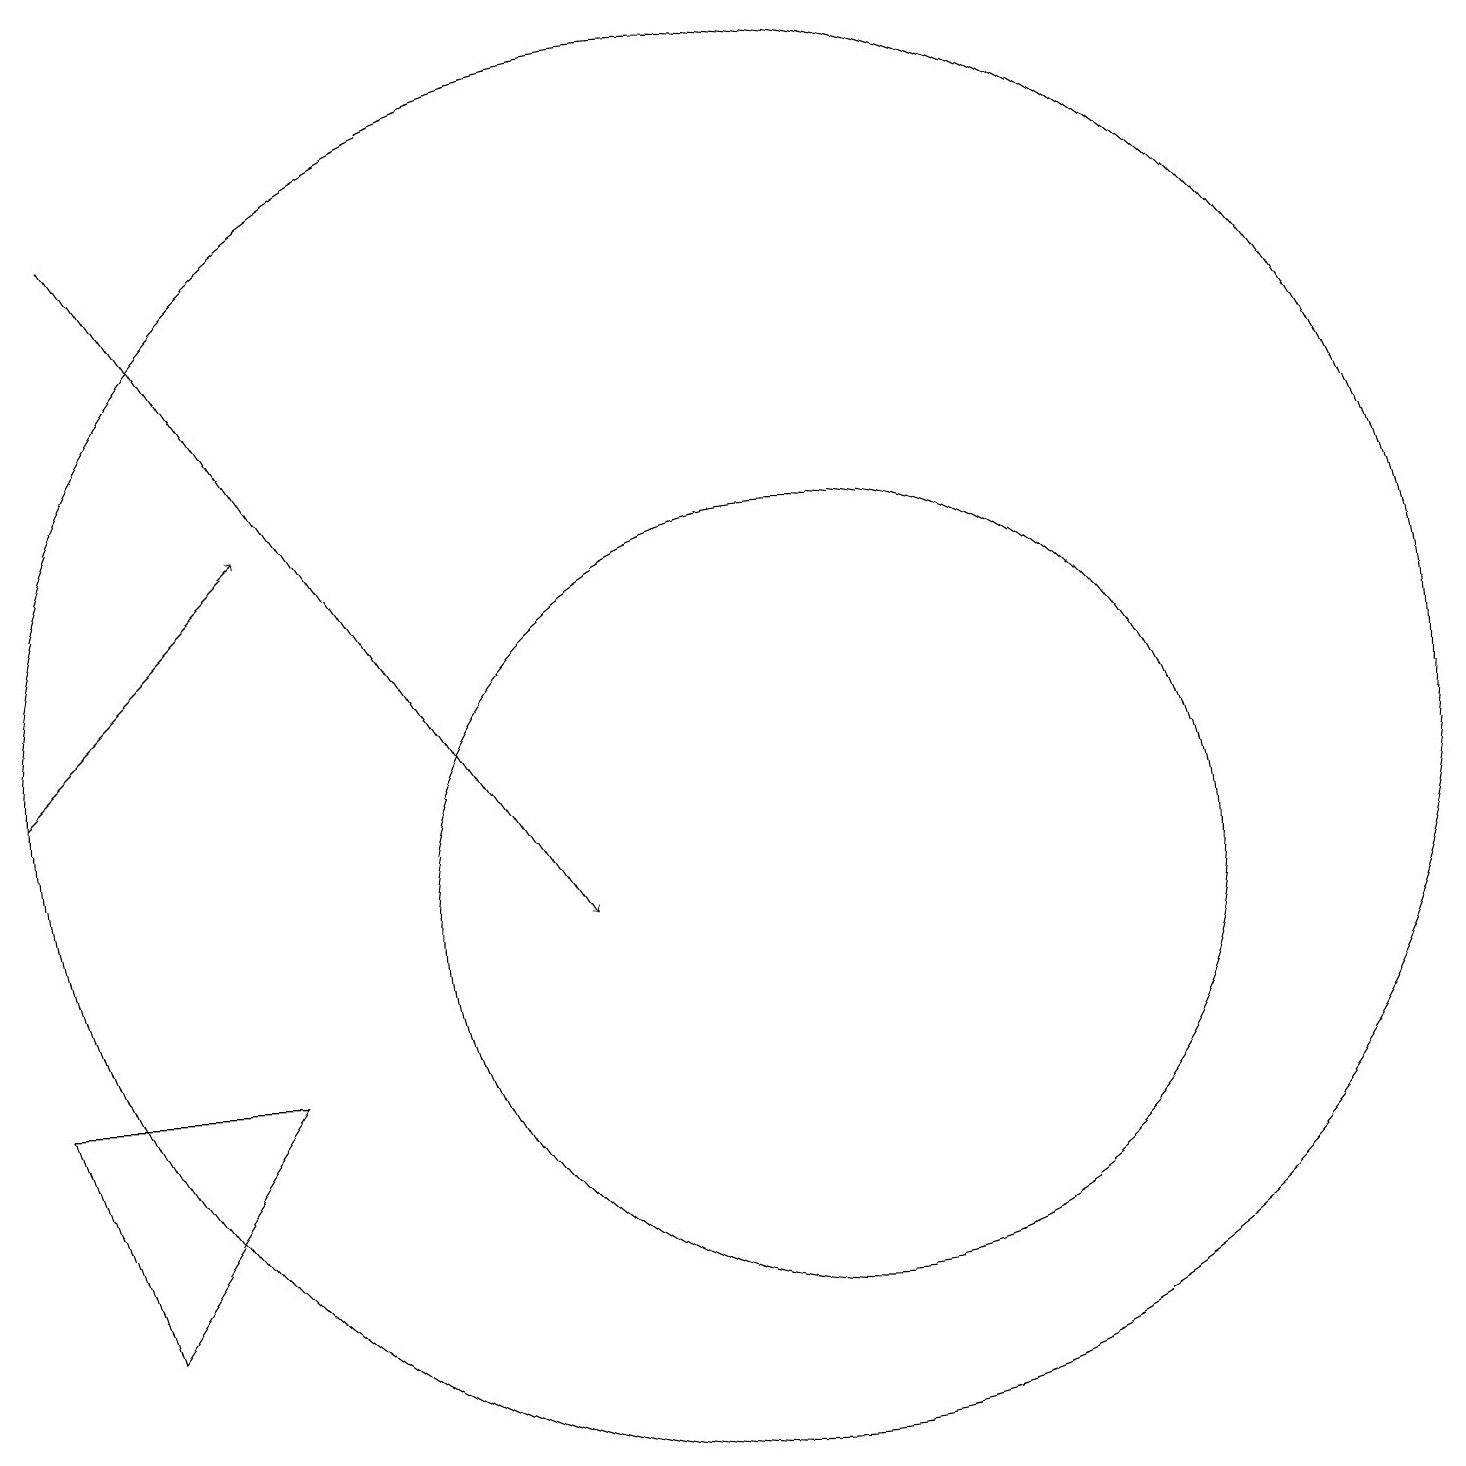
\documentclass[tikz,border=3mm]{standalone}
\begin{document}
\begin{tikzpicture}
\draw (4,8) -- (2,5) -- (1,8) -- cycle;
\draw[->] (1,12) -- (4,15);
\draw (11,10) circle (5);
\draw (10,12) circle (9);
\draw[->] (2,19) -- (8,10);
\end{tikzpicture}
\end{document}